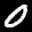
Label: 0